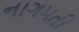
નાગમતી